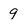
Character: 9